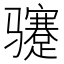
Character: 𬴏